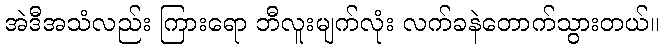
အဲဒီအသံလည်း ကြားရော ဘီလူးမျက်လုံး လက်ခနဲတောက်သွားတယ်။